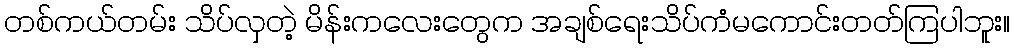
တစ်ကယ်တမ်း သိပ်လှတဲ့ မိန်းကလေးတွေက အချစ်ရေးသိပ်ကံမကောင်းတတ်ကြပါဘူး။